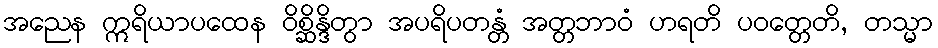
အညေန ဣရိယာပထေန ဝိစ္ဆိန္ဒိတွာ အပရိပတန္တံ အတ္တဘာဝံ ဟရတိ ပဝတ္တေတိ, တသ္မာ